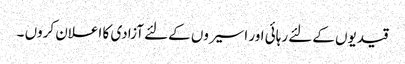
قیدیوں کےلئے رہائی اور اسیروں کےلئے آزادی کا اعلان کروں ۔